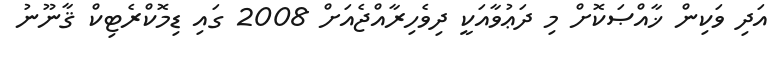
އަދި ވަކިން ޚާއްޞަކޮށް މި ދަޢުވާއަކީ ދިވެހިރާއްޖެއަށް 2008 ގައި ޑިމޮކްރެޓިކް ޤާނޫނު